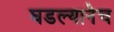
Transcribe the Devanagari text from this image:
घडल्यानेच